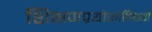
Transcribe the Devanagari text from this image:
शिक्षणप्रयोगांविषयी